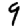
Digit: 9